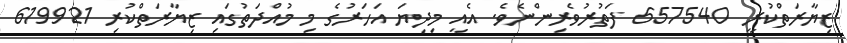
ޒިޔާރަތްކުރީ 657540 ފަތުރުވެރިންނެވެ. އެއީ މިދިޔަ އަހަރުގެ މި މުއްދަތުގައި ޒިޔާރަތްކުރި 619921